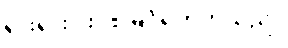
ရှားရှားပါးပါး မြင်ရတတ်သည်။